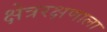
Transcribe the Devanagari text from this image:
क्षेत्ररक्षणाला